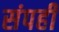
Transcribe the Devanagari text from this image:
संपही